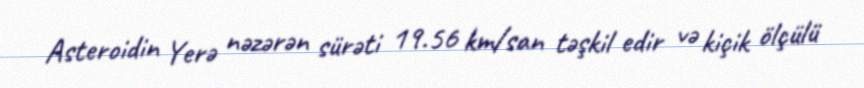
Asteroidin Yerə nəzərən sürəti 19.56 km/san təşkil edir və kiçik ölçülü